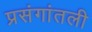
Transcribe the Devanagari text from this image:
प्रसंगांतली